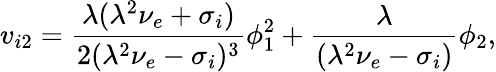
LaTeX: v_{i2}=\frac{\lambda(\lambda^{2}\nu_{e}+\sigma_{i})}{2(\lambda^{2}\nu_{e}-\sigma_{i})^{3}}\phi_{1}^{2}+\frac{\lambda}{(\lambda^{2}\nu_{e}-\sigma_{i})}\phi_{2},